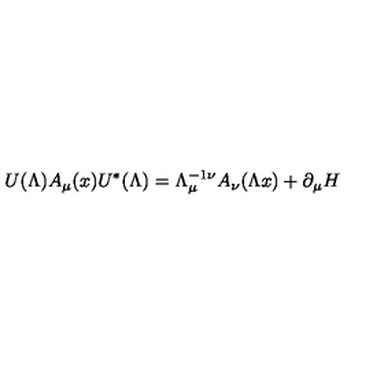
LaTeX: U ( \Lambda ) A _ { \mu } ( x ) U ^ { \ast } ( \Lambda ) = \Lambda _ { \mu } ^ { - 1 \nu } A _ { \nu } ( \Lambda x ) + \partial _ { \mu } H